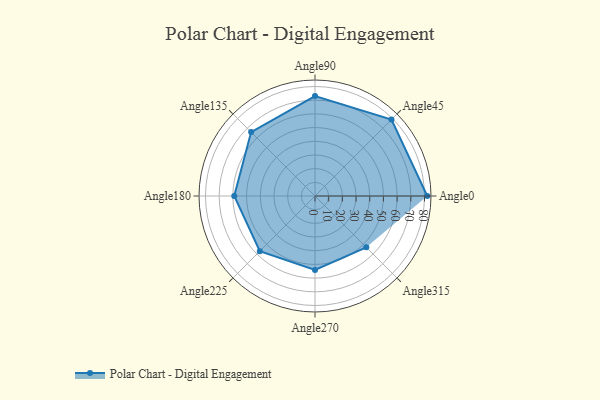
{"axis": {"x": "Angle", "y": "Radius"}, "legend": [""], "data": [{"x": "Angle0", "y": 82.0, "type": ""}, {"x": "Angle45", "y": 79.0, "type": ""}, {"x": "Angle90", "y": 73.0, "type": ""}, {"x": "Angle135", "y": 66.0, "type": ""}, {"x": "Angle180", "y": 59.0, "type": ""}, {"x": "Angle225", "y": 57.0, "type": ""}, {"x": "Angle270", "y": 54.0, "type": ""}, {"x": "Angle315", "y": 53.0, "type": ""}]}